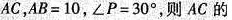
AC，$$A B = 10$$，$$∠ P = 30°$$，则AC的